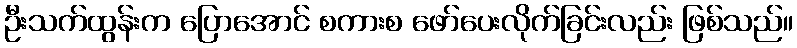
ဦးသက်ထွန်းက ပြောအောင် စကားစ ဖော်ပေးလိုက်ခြင်းလည်း ဖြစ်သည်။